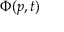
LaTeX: \Phi ( p , t )